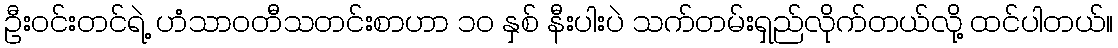
ဦးဝင်းတင်ရဲ့ ဟံသာဝတီသတင်းစာဟာ ၁၀ နှစ် နီးပါးပဲ သက်တမ်းရှည်လိုက်တယ်လို့ ထင်ပါတယ်။